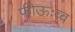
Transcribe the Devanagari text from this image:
फीऊःव्व